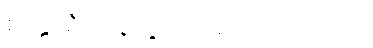
စတ္တာရီသဆဗ္ဗဿသတာယုကာနံ